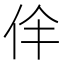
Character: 𠇫